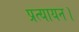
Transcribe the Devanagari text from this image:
प्रत्यायन।